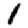
Digit: 1